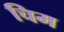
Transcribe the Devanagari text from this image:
चिम